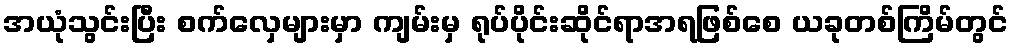
အယုံသွင်းပြီး စက်လှေများမှာ ကျမ်းမှ ရုပ်ပိုင်းဆိုင်ရာအရဖြစ်စေ ယခုတစ်ကြိမ်တွင်